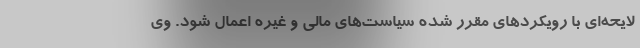
لایحه‌ای با رویکردهای مقرر شده سیاست‌های مالی و غیره اعمال شود. وی